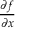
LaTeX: \textstyle { \frac { \partial f } { \partial x } }